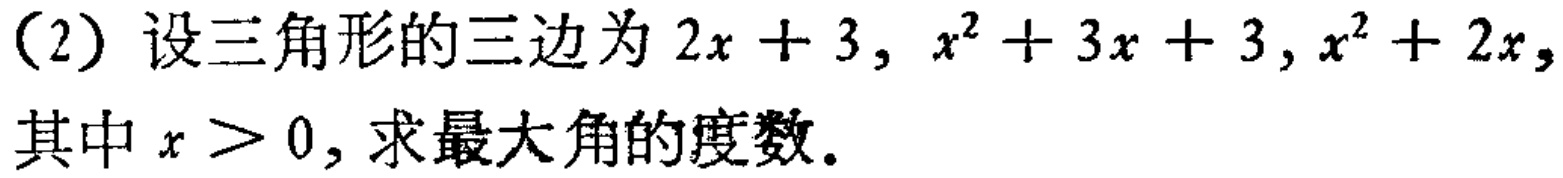
(2) 设三角形的三边为 \(2x + 3\), \(x^{2}+3x + 3\), \(x^{2}+2x\), 其中 \(x > 0\), 求最大角的度数.